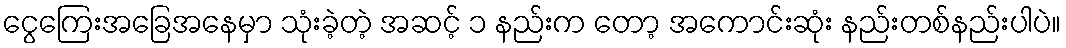
ငွေကြေးအခြေအနေမှာ သုံးခဲ့တဲ့ အဆင့် ၁ နည်းက တော့ အကောင်းဆုံး နည်းတစ်နည်းပါပဲ။